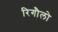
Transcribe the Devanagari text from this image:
रिगौलो